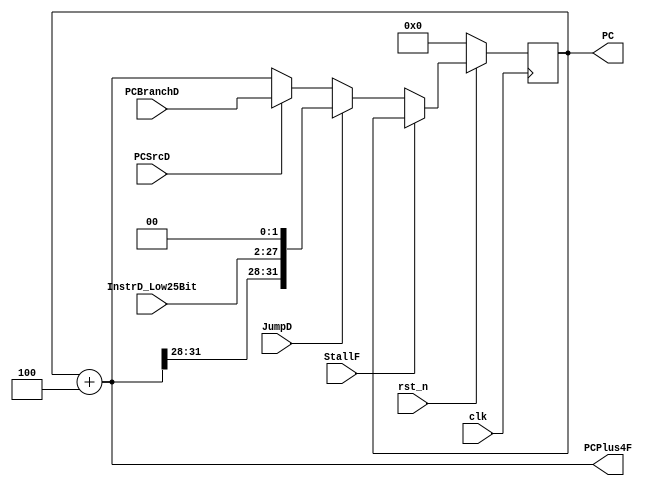
/*

	File name    : PC_Counter
	LastEditors  : H
	LastEditTime : 2021-11-04 21:42:50
	Last Version : 1.0
	Description  : Programm Instrcutions Counter
	
	----------------------------------------------------------------------------------------
	
	Author       : H
	Date         : 2021-11-03 21:01:39
	FilePath     : \MIPS_Pipeline\PC_Counter.v
	Copyright 2021 H, All Rights Reserved. 

*/
module PC_Counter(
    // System Clock
    input        clk,
    input        rst_n,

    // User Interface
    input                   PCSrcD,
    input                   StallF,
    input           [31:0]  PCBranchD,
    input                   JumpD,
    input           [25:0]  InstrD_Low25Bit,
    output          [31:0]  PCPlus4F,
    output   reg    [31:0]  PC
);

    wire    [31:0] PC_Next,PC_Next_or_Jump,PC_Jump;
    wire    [31:0] PCPlus4;
/*******************************************************************************
 *                                 Main Code
*******************************************************************************/
    
    assign  PC_Next = PCSrcD ? PCBranchD : PCPlus4F;
    assign  PC_Jump = {{PCPlus4F[31:28]},{InstrD_Low25Bit},{2'b00}};
    assign  PCPlus4 = PC + 32'd4;
    assign  PCPlus4F = PCPlus4;
    assign  PC_Next_or_Jump = JumpD ? PC_Jump : PC_Next;


    always @(posedge clk) begin
        if(~rst_n)begin
            PC <= 32'b0;
        end
        else if (StallF) begin
            PC <= PC;
        end
        else 
            PC <= PC_Next_or_Jump;
    end

endmodule